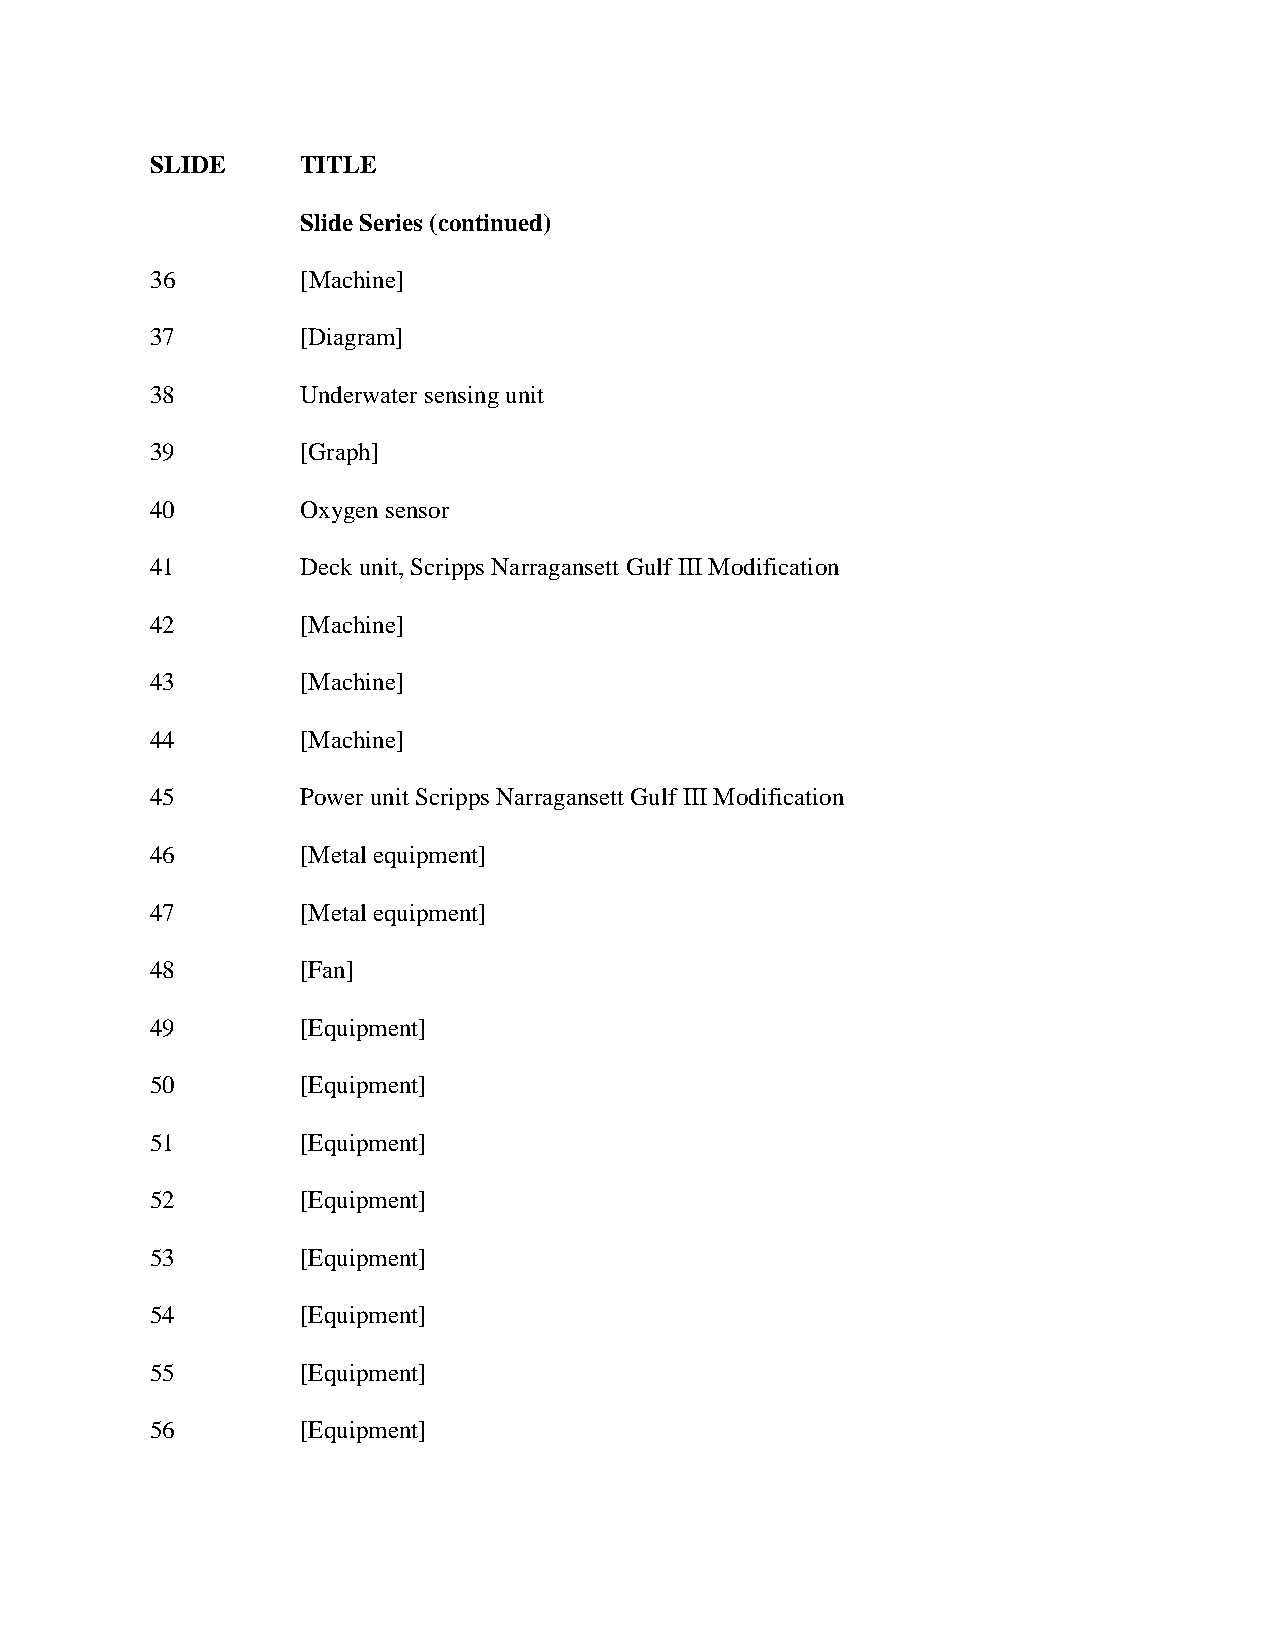
SLIDE     TITLE
 Slide Series (continued)
 36        [Machine]
 37        [Diagram]
 38        Underwater sensing unit
 39        [Graph]
 40        Oxygen sensor
 41        Deck unit, Scripps Narragansett Gulf III Modification
 42        [Machine]
 43        [Machine]
 44        [Machine]
 45        Power unit Scripps Narragansett Gulf III Modification
 46        [Metal equipment]
 47        [Metal equipment]
 48        [Fan]
 49        [Equipment]
 50        [Equipment]
 51        [Equipment]
 52        [Equipment]
 53        [Equipment]
 54        [Equipment]
 55        [Equipment]
 56        [Equipment]